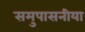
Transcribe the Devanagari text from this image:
समुपासनीया